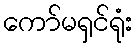
ကော်မရှင်ရုံး